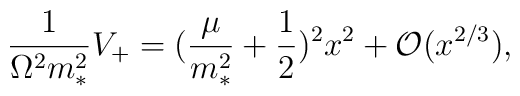
\frac{1}{\Omega^{2}m_{*}^{2}} V_{+} = (\frac{\mu}{m_{*}^{2}}+\frac{1}{2})^{2} x^{2}+ {\cal O}(x ^{2/3}),